Annual administration report of the Civil Veterinary Department of India - 1899-1900
Year: 1899
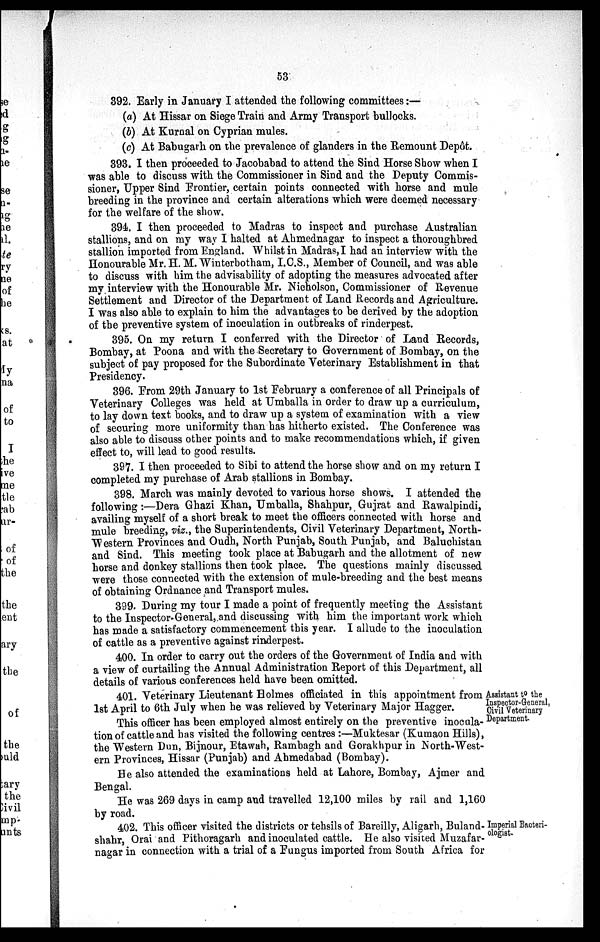
53
392. Early in January I attended the following committees:—
(a) At Hissar on Siege Train and Army Transport bullocks.
(b) At Kurnal on Cyprian mules.
(c) At Babugarh on the prevalence of glanders in the Remount Depôt.
393. I then proceeded to Jacobabad to attend the Sind Horse Show when I
was able to discuss with the Commissioner in Sind and the Deputy Commis-
sioner, Upper Sind Frontier, certain points connected with horse and mule
breeding in the province and certain alterations which were deemed necessary
for the welfare of the show.
394. I then proceeded to Madras to inspect and purchase Australian
stallions, and on my way I halted at Ahmednagar to inspect a thoroughbred
stallion imported from England. Whilst in Madras, I had an interview with the
Honourable Mr. H. M. Winterbotham, I.C.S., Member of Council, and was able
to discuss with him the advisability of adopting the measures advocated after
my interview with the Honourable Mr. Nicholson, Commissioner of Revenue
Settlement and Director of the Department of Land Records and Agriculture.
I was also able to explain to him the advantages to be derived by the adoption
of the preventive system of inoculation in outbreaks of rinderpest.
395. On my return I conferred with the Director of Land Records,
Bombay, at Poona and with the Secretary to Government of Bombay, on the
subject of pay proposed for the Subordinate Veterinary Establishment in that
Presidency.
396. From 29th January to 1st February a conference of all Principals of
Veterinary Colleges was held at Umballa in order to draw up a curriculum,
to lay down text books, and to draw up a system of examination with a view
of securing more uniformity than has hitherto existed. The Conference was
also able to discuss other points and to make recommendations which, if given
effect to, will lead to good results.
397. I then proceeded to Sibi to attend the horse show and on my return I
completed my purchase of Arab stallions in Bombay.
398. March was mainly devoted to various horse shows. I attended the
following:—Dera Ghazi Khan, Umballa, Shahpur, Gujrat and Rawalpindi,
availing myself of a short break to meet the officers connected with horse and
mule breeding, viz., the Superintendents, Civil Veterinary Department, North-
Western Provinces and Oudh, North Punjab, South Punjab, and Baluchistan
and Sind. This meeting took place at Babugarh and the allotment of new
horse and donkey stallions then took place. The questions mainly discussed
were those connected with the extension of mule-breeding and the best means
of obtaining Ordnance and Transport mules.
399. During my tour I made a point of frequently meeting the Assistant
to the Inspector-General, and discussing with him the important work which
has made a satisfactory commencement this year. I allude to the inoculation
of cattle as a preventive against rinderpest.
400. In order to carry out the orders of the Government of India and with
a view of curtailing the Annual Administration Report of this Department, all
details of various conferences held have been omitted.
Assistant to the
Inspector-General,
Civil Veterinary
Department.
401. Veterinary Lieutenant Holmes officiated in this appointment from
1st April to 6th July when he was relieved by Veterinary Major Hagger.
This officer has been employed almost entirely on the preventive inocula-
tion of cattle and has visited the following centres :—Muktesar (Kumaon Hills),
the Western Dun, Bijnour, Etawah, Rambagh and Gorakhpur in North-West-
ern Provinces, Hissar (Punjab) and Ahmedabad (Bombay).
He also attended the examinations held at Lahore, Bombay, Ajmer and
Bengal.
He was 269 days in camp and travelled 12,100 miles by rail and 1,160
by road.
Imperial Bacteri-
ologist.
402. This officer visited the districts or tehsils of Bareilly, Aligarh, Buland-
shahr, Orai and Pithoragarh and inoculated cattle. He also visited Muzafar-
nagar in connection with a trial of a Fungus imported from South Africa for